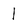
Character: 1